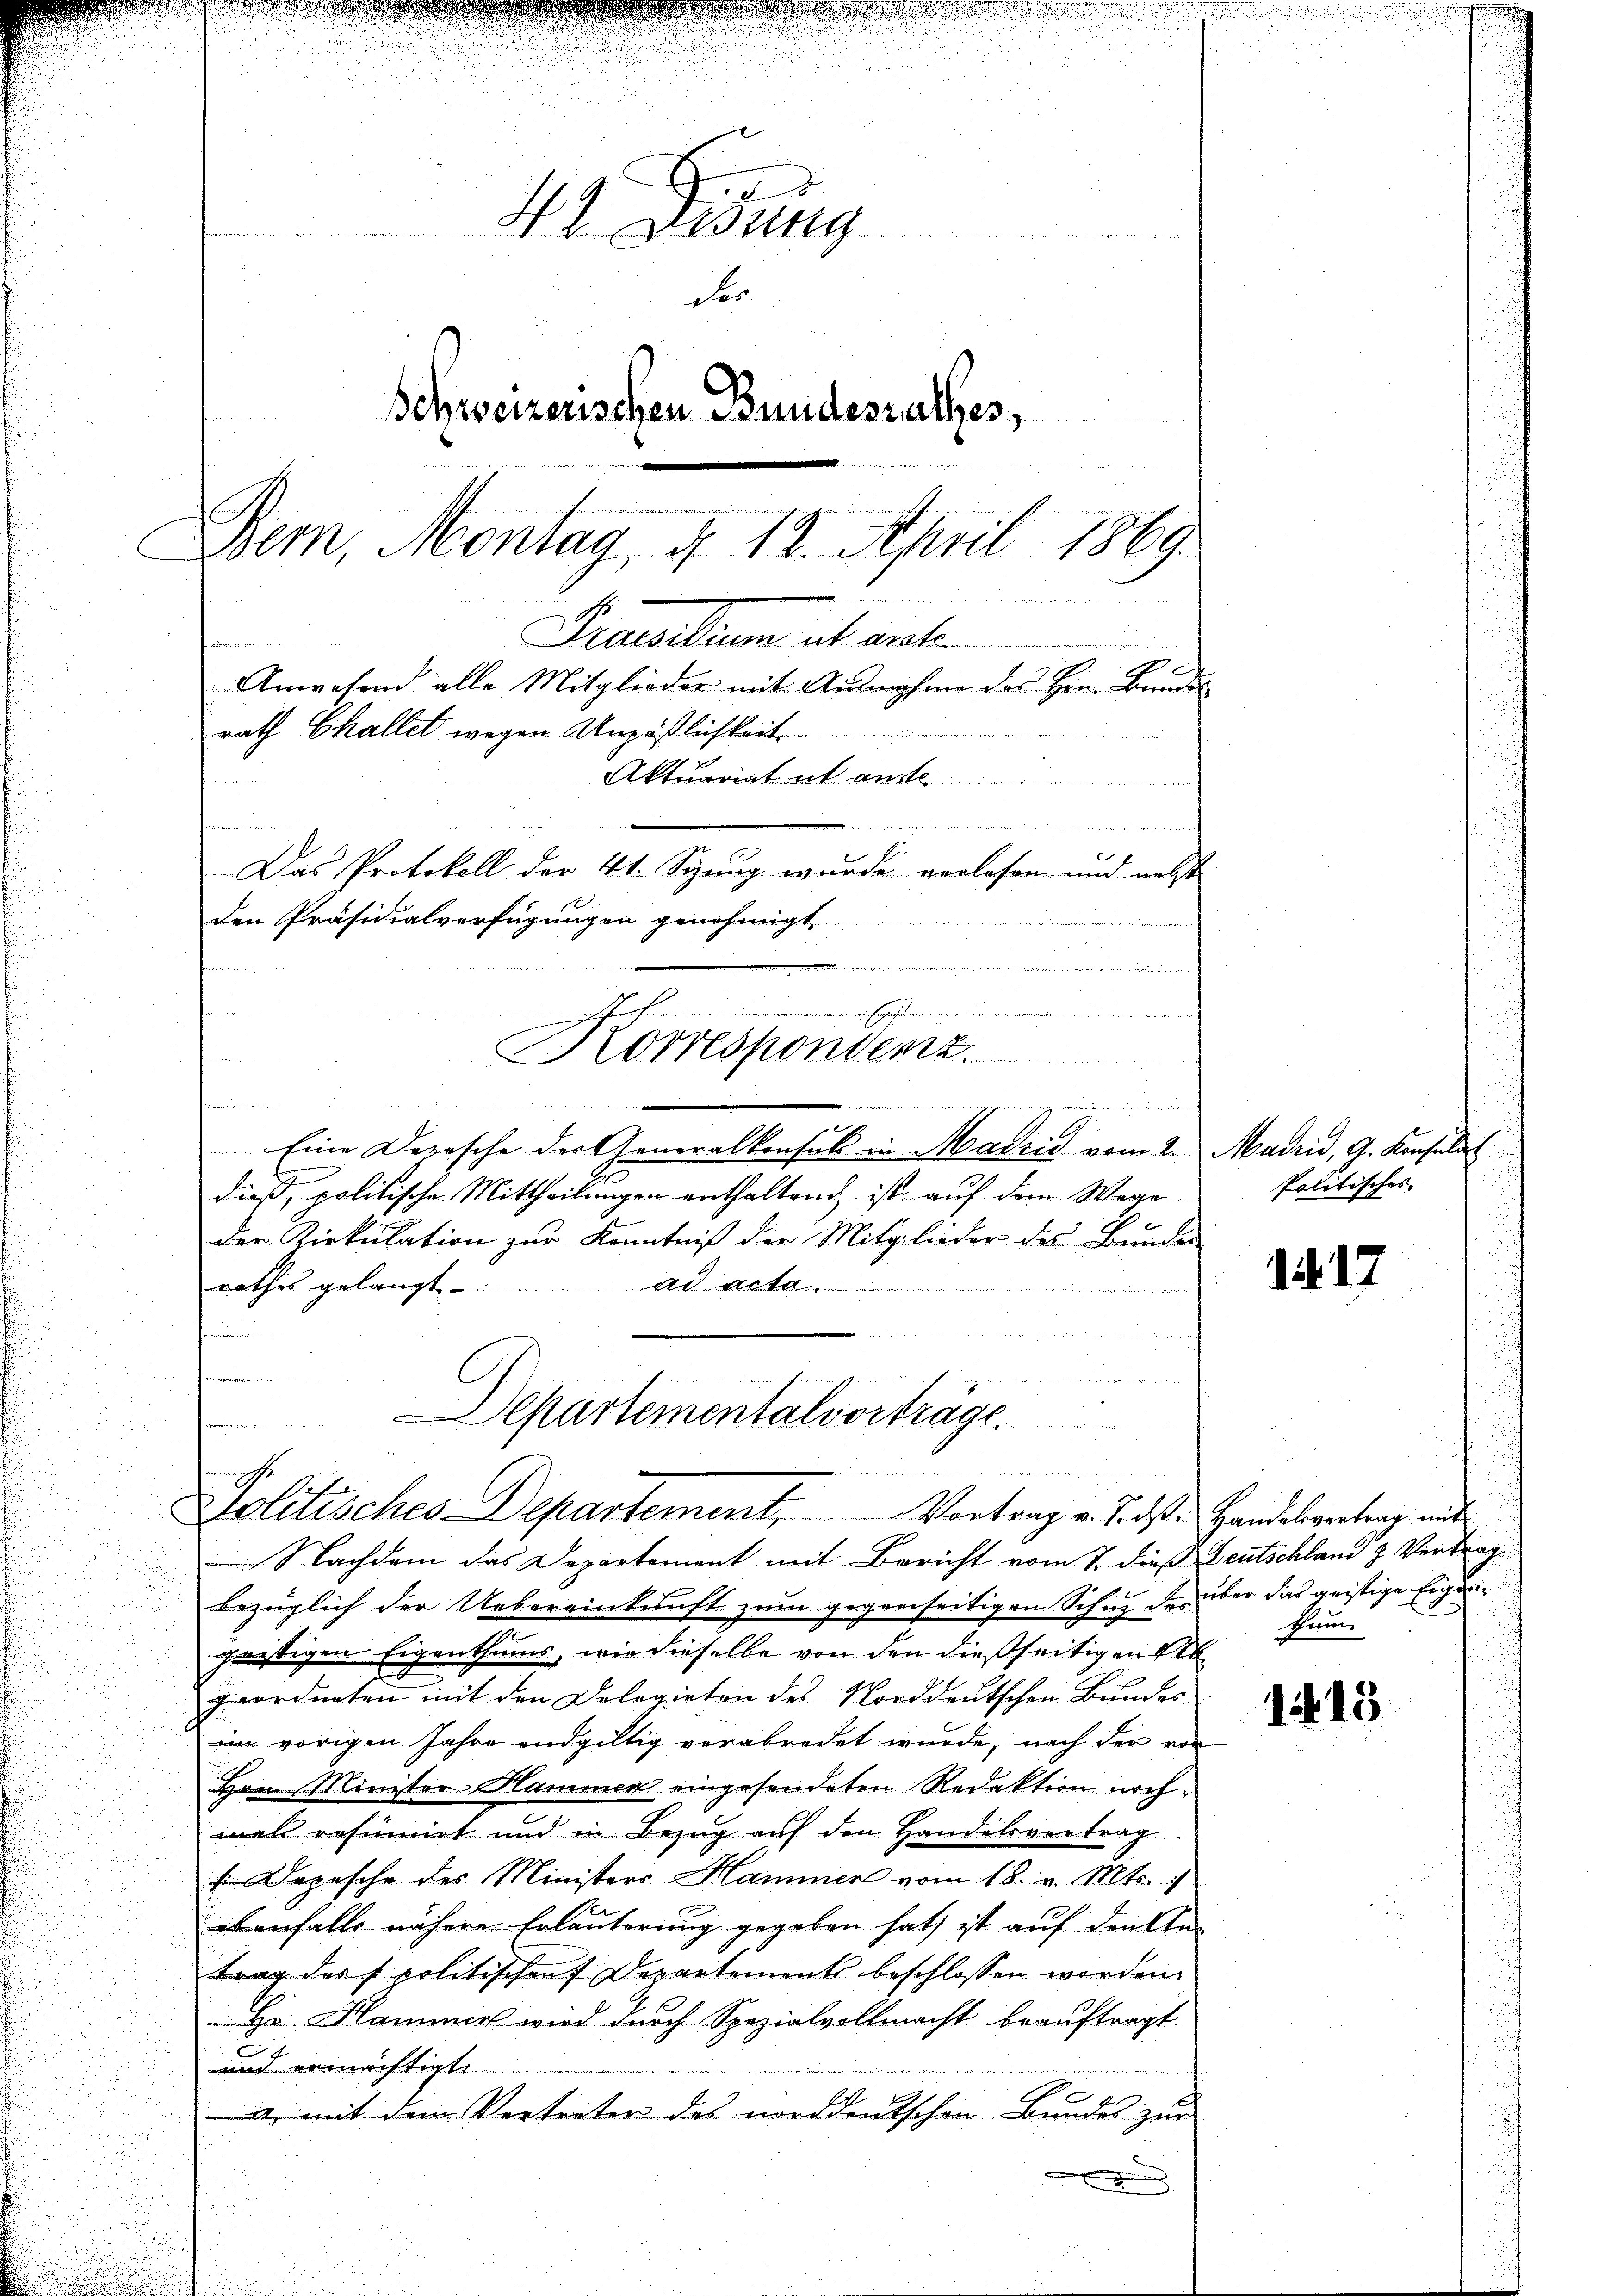
d
49. Lesung
der
Schweizerischen Bundesrathes,
e
Bem, Montag d. 12. April 1869
Sincollum et ante
1
Anwesend alle Mitglieder mit Ausnahme des Hrn. Bundes
rath Challet wegen Unpäßlichkeit
x
Aktuariat in an
s
n der erweitens so wieder der Gemeinen reichen einer gericht heisch nichte ich gehen se
Das Protokoll der 41. Spung wurde verlesen und nebst
den Präsidialverfügungen genehmigt
At
 anreichen
u
Korrespondenz.

e
Eine Deposche der Generalkonsul in Madzić vom 2. Mairid, G. Konsulat
dieß, politische Mittheilungen enthaltend, ist auf dem Wege
der Riekulation zur Kenntniß der Mitglieder des Bunder
rathes gelangt.
Ad Acta
d
   Eigen der einen Bernemen
mchen

.

Departementalvortrage
Politisches-Departement, Vortrag v. Trosse Handesvertrag und

Nachdem das Departement mit Bericht vom 7. dieß Deutschlan & Vertrag
bezüglich der Uebereinkunft zum gegenseitigen Schne der über das geistige Eigen
geistigen Eigenthums, wie dieselbe von den dießseitigen Alb
geordneten mit den Dologieten des Norddeutschen Bundes
in vorigen Jahre endgültig verabredet wurde, nach den von
Hrn. Minister Hammen eingesendeten Redaktion nochmal resumirt und in Bezug auf den Handelsvertrag
 Depesche des Ministers Hammer vom 18. v. Mts. v
banfalls nähere Erläuterung gegeben hat, ist auf den in
trag des spolitischen Departements beschlossen worden.
Hr. Hammer wird durch Spezialvollmacht beauftragt
und ermächtigte
a, mit dem Vertreter des norddeutschen Bundes zur

Politisches

1

.
ken

1413